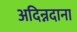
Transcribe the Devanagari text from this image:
अदिन्नदाना